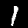
Label: 1